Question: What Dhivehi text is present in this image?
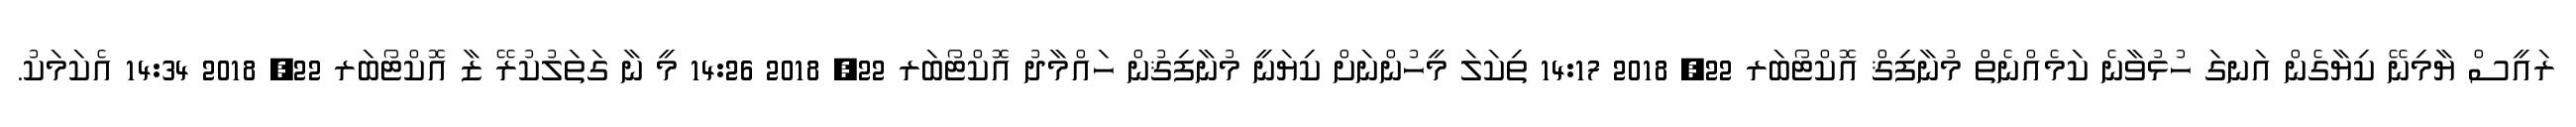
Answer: ރައީސް ޔާމިނޭ ކިޔާގެން އަނގަ ހުޅުވާނެ ކަމެއްނެތް މުނާފިޤް އޮކްޓޯބަރ 22, 2018 14:17 ތިކަލަ މީހުންނަށް ކިޔަނީ މުނާފިޤުން ހައްމާދު އޮކްޓޯބަރ 22, 2018 14:26 މީ ނާ ގަތަލުކުރޭ ޒާ އޮކްޓޯބަރ 22, 2018 14:34 އެކަމަކު.